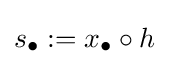
s_{\bullet }:=x_{\bullet }\circ h